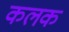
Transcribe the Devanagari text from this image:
कलक